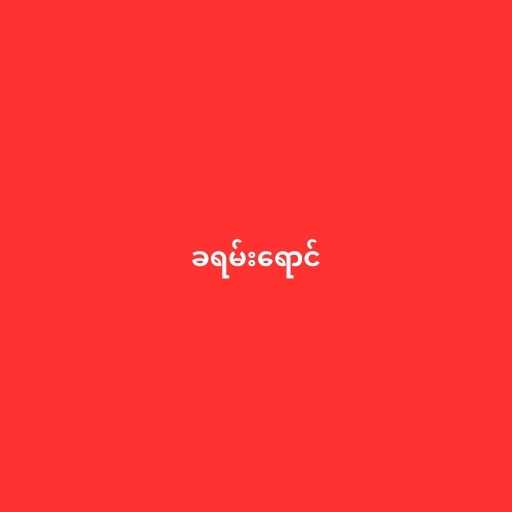
ခရမ်းရောင်